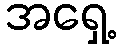
အရှေ့